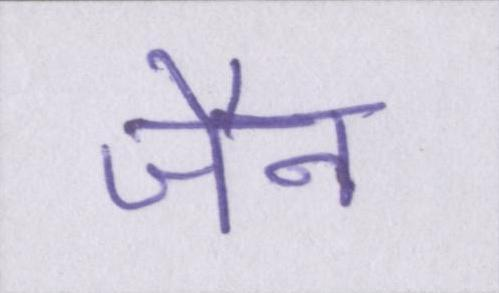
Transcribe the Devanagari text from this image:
जैन